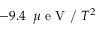
- 9 . 4 \, \textrm { \ensuremath { \mu } e V / \ensuremath { T ^ { 2 } } }